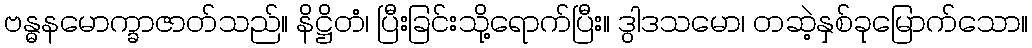
ဗန္ဓနမောက္ခာဇာတ်သည်။ နိဋ္ဌိတံ၊ ပြီးခြင်းသို့ရောက်ပြီး။ ဒွါဒသမော၊ တဆဲ့နှစ်ခုမြောက်သော။